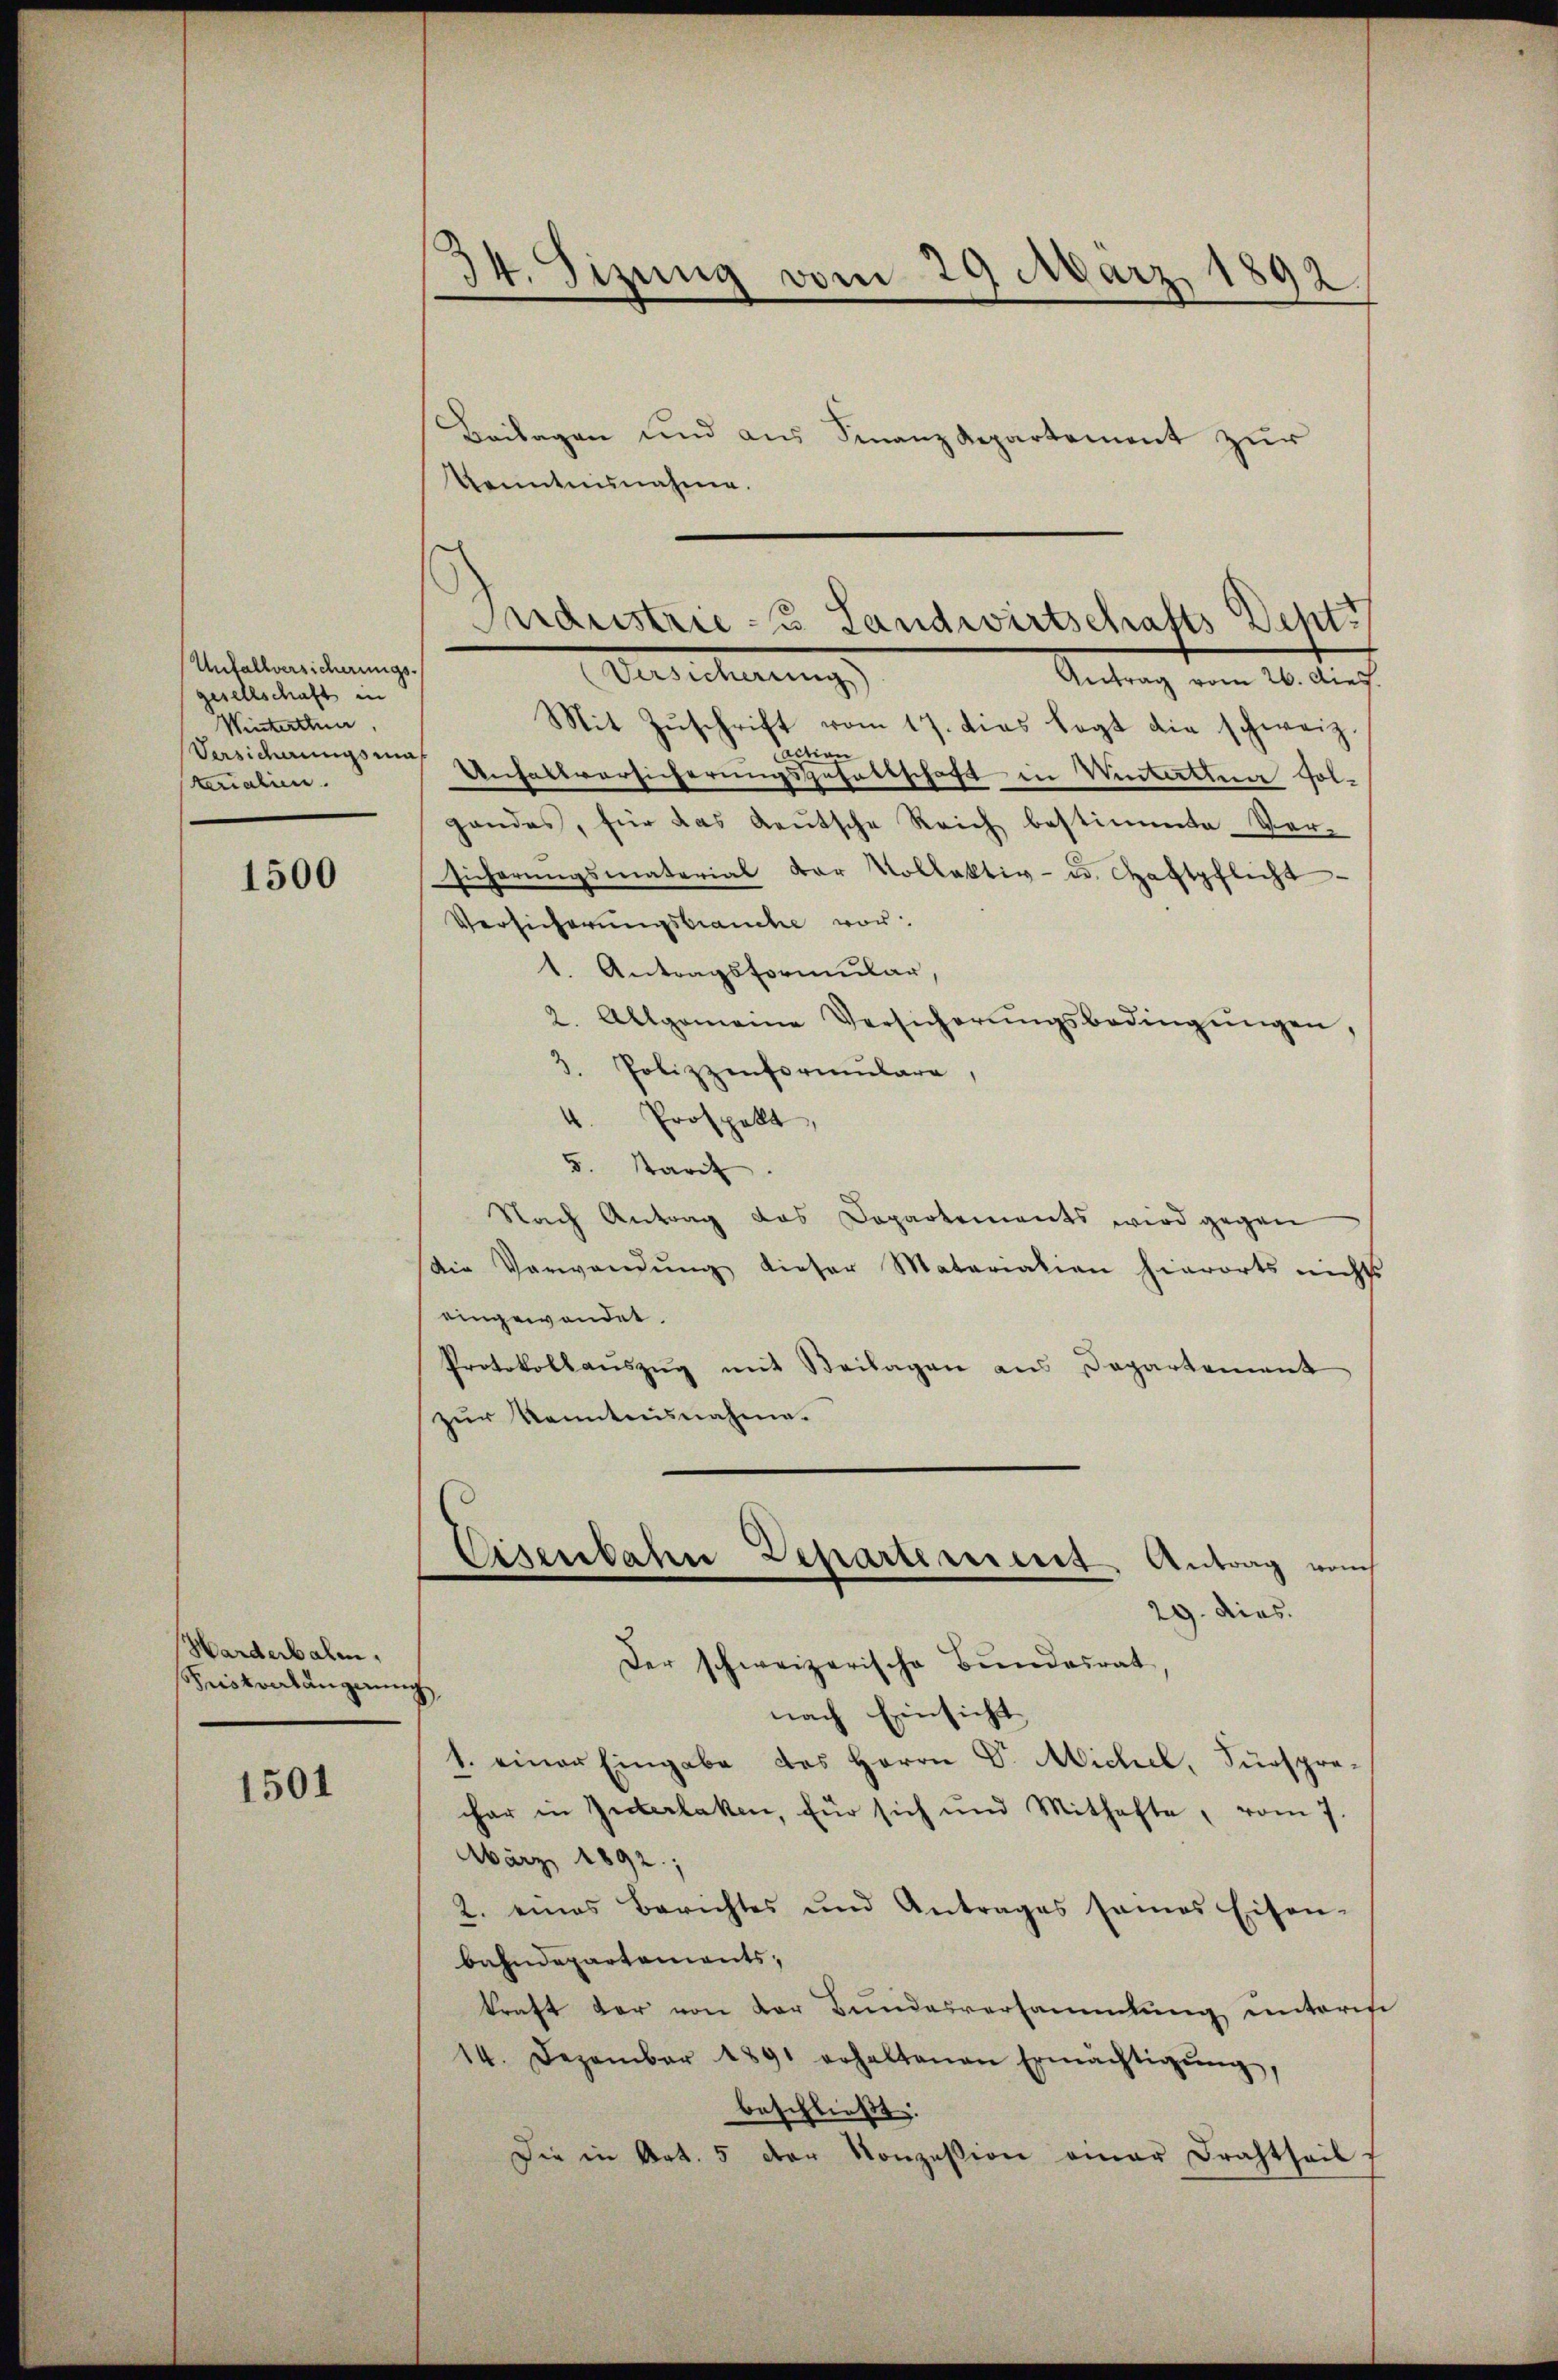
Unfallversicherungsgesellschaft
Winterthun
Versicherungsra
terialien.

1500

Harderbalen,
Seiskonlängerung

1501

34. Sizung vom 29 März 1892.
Beilagen und aus Finanzdepartement zur

Kenntnunahme.

Industrie - Landwirtschafts Dept.
Berlicherungs
Antrag vom 26. dies.

Mit Zŭschrift vom 17. dies legt die schweiz.
drian
Unhaltversicherungsgehaltschaft in Wintetten fol-
gandes, für das Leŭtsche Reich bestimmte Ver-
sicherungsmaterial der Vollektiv- u. Haftpflicht
Versicherungsbrauche vor:
Antragsformular,
2. Allgemeine Versicherŭngsbedingŭngen,
3. Polizzenformulare,
4. Prospekt,
5. Tarif
Nach Antrag das Departements wird gegen
ie Verwendŭng dieser Matariation hierorts nichts
eingewendet.
Protokollauszug mit Beilagen aus Departement
zur Kenntnisnahme.
Eisenbahn Departement Antrag von
29. dies
Der schweizerische Bundesrat,
nach Einsicht
1. einer Eingabe des Herrn Dr. Michel, Fürspre-
har in Interlaken, für sich und Mithafte, vom 7.
März 1892;
2. eines Berichtes und Antrages sames Eisen-
bahndepartements,
kraft der von der Bundesversammlung unteres
14. Dezember 1891 erhaltenen Ermächtigŭng,
beschließt:
Die in Art. 5 der Konzession einer Brachtheil